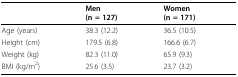
|  | Men(n = 127) | Women(n = 171) |
 | --- | --- | --- |
 | Age (years) | 38.3 (12.2) | 36.5 (10.5) |
 | Height (cm) | 179.5 (6.8) | 166.6 (6.7) |
 | Weight (kg) | 82.3 (11.0) | 65.9 (9.3) |
 | BMI (kg/m2) | 25.6 (3.5) | 23.7 (3.2) |